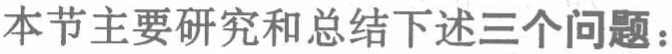
本节主要研究和总结下述三个问题：